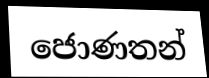
ජොණතන්